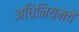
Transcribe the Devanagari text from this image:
अधिनियमचे